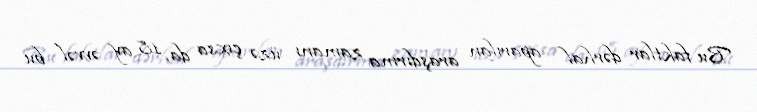
Bu faktlar dərhal aparılan araşdırma zamanı üzə çıxsa da, 18 ay əvvəl bu